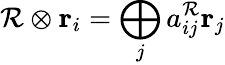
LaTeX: {\cal R}\otimes{\mathbf r}_{i}=\bigoplus_{j}a_{ij}^{{\cal R}}{\mathbf r}_{j}